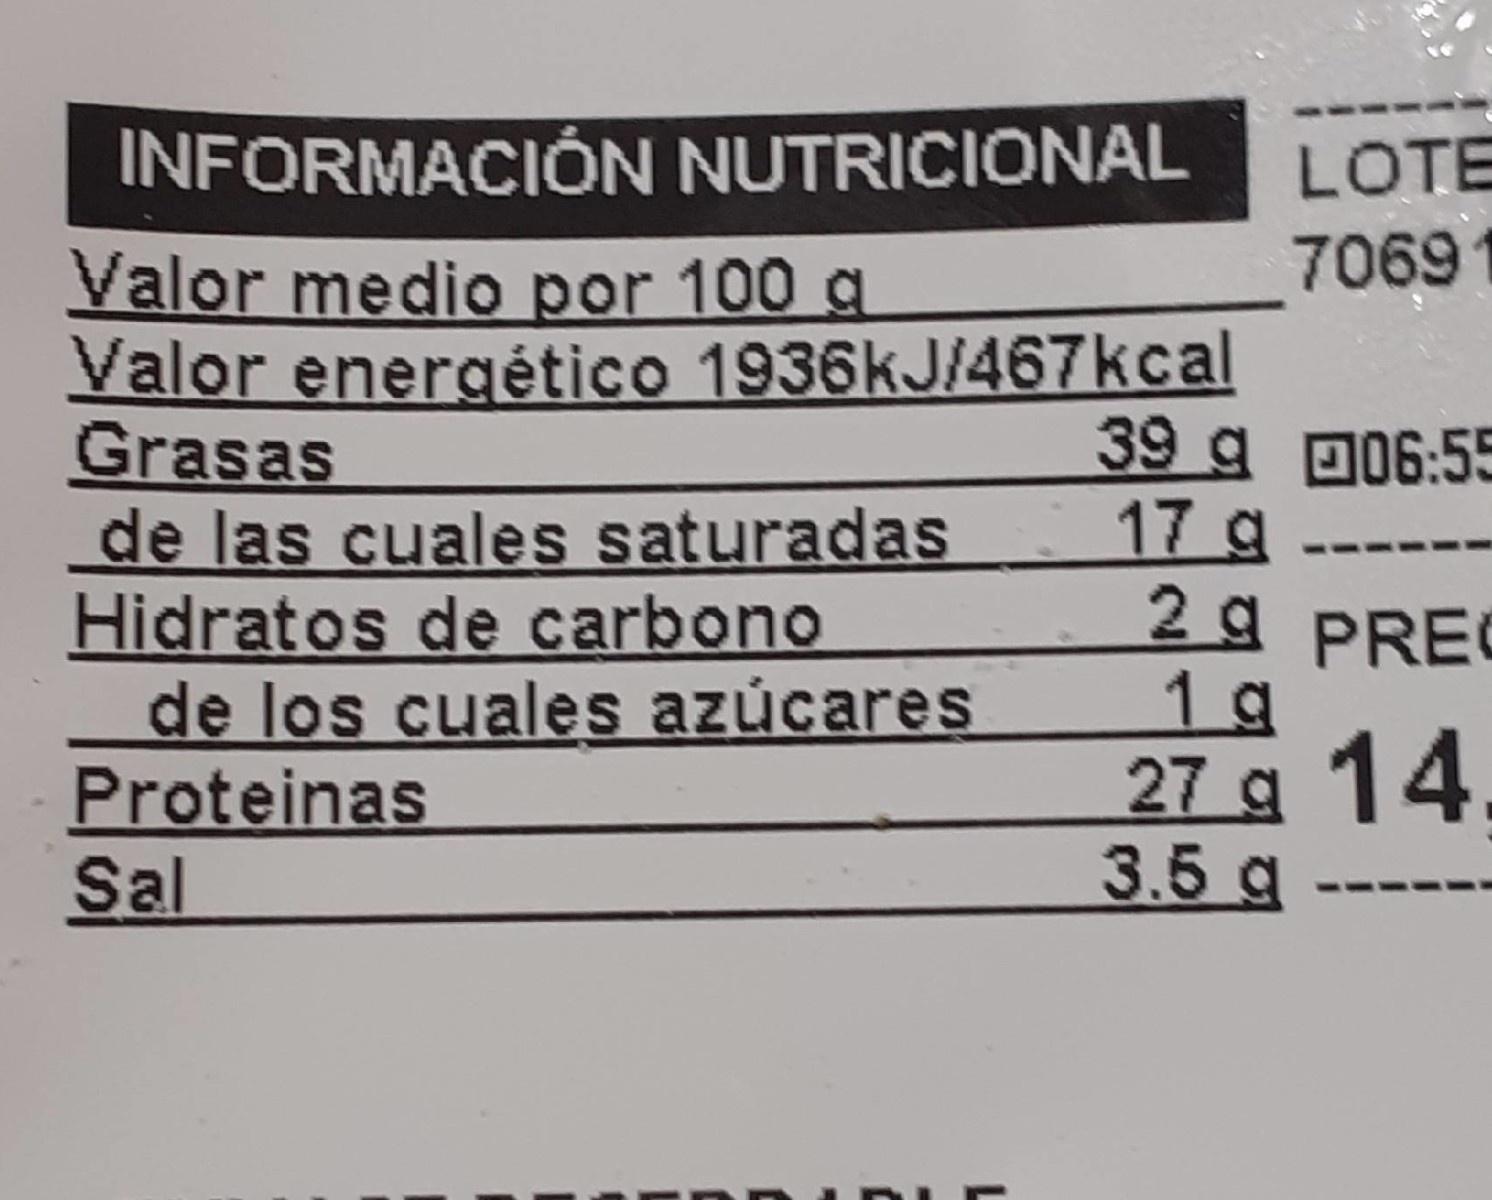
INFORMACIÓN NUTRICIONAL
LOTE
7069
Valor medio por 100 a Valor energético 1936kJ/467kcal Grasas de las cuales saturadas Hidratos de carbono de los cuales azúcares Proteinas Sal
39 g D06:55 17 g - 2g PREC 1 g 27 g 14 3.5g